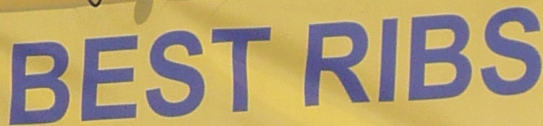
BEST RIBS